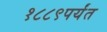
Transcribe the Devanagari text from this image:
१८८९पर्यंत